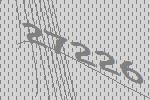
27226